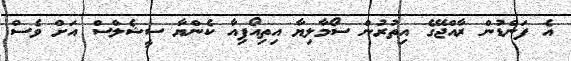
އެ ފަންޑުން ރާއްޖޭގެ އިތުރުން ސޯމާލިޔާ އިތިއޯޕިއާ ކެންޔާ ސީޝެލްސް އަށް ވެސް